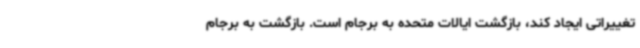
تغییراتی ایجاد کند، بازگشت ایالات متحده به برجام است. بازگشت به برجام